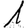
Digit: 1